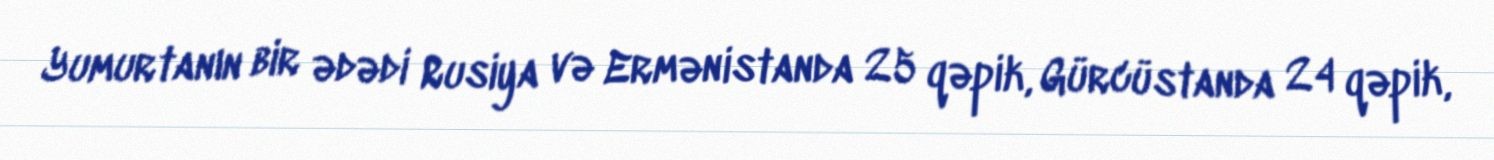
Yumurtanın bir ədədi Rusiya və Ermənistanda 25 qəpik, Gürcüstanda 24 qəpik,